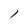
Character: l